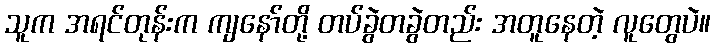
သူက အရင်တုန်းက ကျနော်တို့ တပ်ခွဲတခွဲတည်း အတူနေတဲ့ လူတွေပဲ။